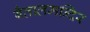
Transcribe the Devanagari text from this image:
बैतालमन्दिर